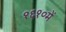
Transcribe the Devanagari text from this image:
१६१०में